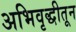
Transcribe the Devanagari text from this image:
अभिवृद्धीतून